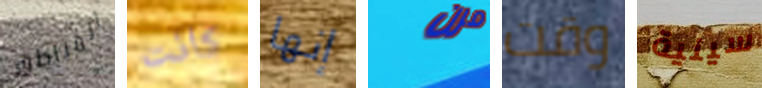
المناطق كانت إنها مرن وقت سينية